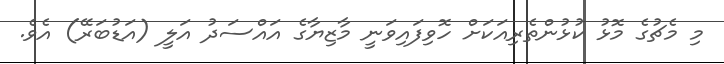
މި މެޗުގެ މޮޅު ކުޅުންތެރިއަކަށް ހޮވިފައިވަނީ މާޒިޔާގެ އައްސަދު އަލީ (އަޑުބަރޭ) އެވެ.